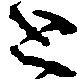
と